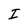
Character: I